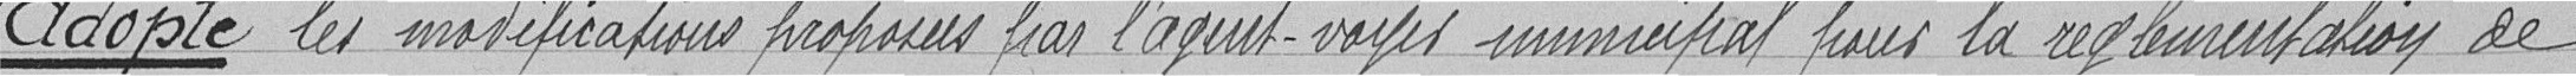
adopte les modifications proposées par l'agent-voyer municipal pour la réglementation de